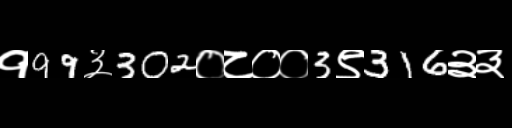
Text: १99३302०८००3९316३३